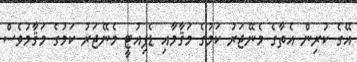
އޭގެ ކުރިން އެތާގެ މެނޭޖަރު ކަމުގެ މަޤާމާއި ޑެޕިއުޓީ މެނޭޖަރު ކަމުގެ މަޤާމުވެސް